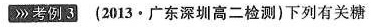
考例3(2013·广东深圳高二检测)下列有关糖